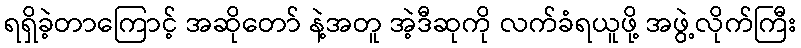
ရရှိခဲ့တာကြောင့် အဆိုတော် နဲ့အတူ အဲ့ဒီဆုကို လက်ခံရယူဖို့ အဖွဲ့လိုက်ကြီး